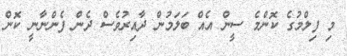
މި ފިލްމުގެ ކޮންމެ ސީން އެއް ބަލަމުން ދާއިރުވެސް ދެން ފެންނާނީ ކޮން